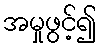
အမှုဖွင့်၍